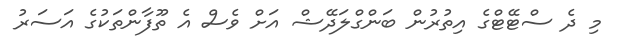
މި ދެ ސްޓޭޓްގެ އިތުރުން ބަންގްލަދޭޝް އަށް ވެސް އެ ތޫފާންތަކުގެ އަސަރު